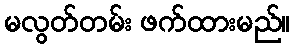
မလွတ်တမ်း ဖက်ထားမည်။